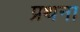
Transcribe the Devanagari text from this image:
प्रथना